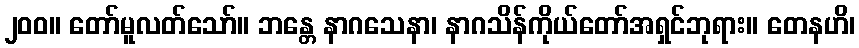
၂၀၀။ တော်မူလတ်သော်။ ဘန္တေ နာဂသေနာ၊ နာဂသိန်ကိုယ်တော်အရှင်ဘုရား။ တေနဟိ၊